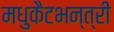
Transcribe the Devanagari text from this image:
मधुकैटभन्त्री